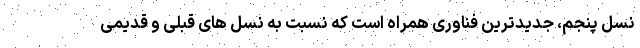
نسل پنجم، جدیدترین فناوری همراه است که نسبت به نسل های قبلی و قدیمی